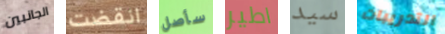
الجانبين انقضت سأصل اطير سيد التدريبات